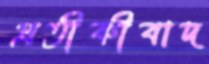
প্রতীকীবাদ